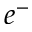
e ^ { - }